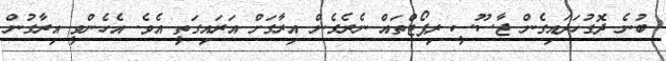
ބުނެ ދޮގުހަދައިގެން ޖާސޫސީ ރިޕޯޓްތައް ނެރެގެން އިރާގަށް އަރައިގަތީ އެވެ. އެހެންވީ އިރާގުން